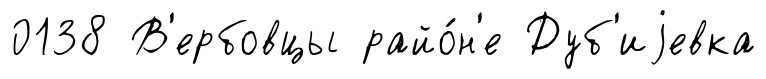
0138 В'ербовцы райо́н'е Дуб'иjевка